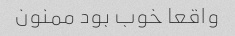
واقعا خوب بود ممنون